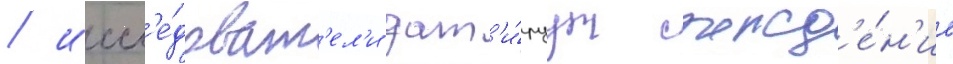
/ иссл'е́доват'ел'и дат'и́руут рожд'е́н'ие